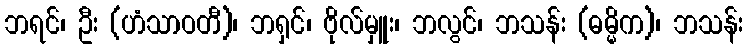
ဘရင်၊ ဦး (ဟံသာဝတီ)၊ ဘရှင်၊ ဗိုလ်မှူး၊ ဘလွင်၊ ဘသန်း (ဓမ္မိက)၊ ဘသန်း